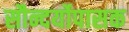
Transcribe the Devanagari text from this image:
सौन्दर्योपासक